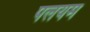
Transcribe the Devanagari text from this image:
पलयम